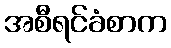
အစီရင်ခံစာက